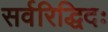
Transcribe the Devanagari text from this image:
सर्वरिद्धिदः